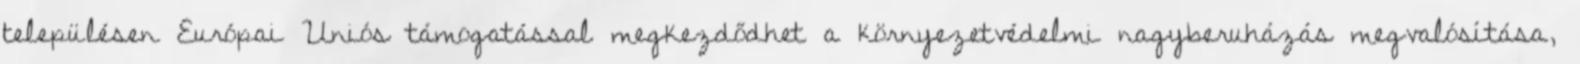
településen Európai Uniós támogatással megkezdődhet a környezetvédelmi nagyberuházás megvalósítása,